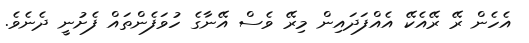
އެހެން ރޭ ރޭއެކޭ އެއްފަދައިން މިރޭ ވެސް އޭނާގެ ހުވަފެންތައް ފެށުނީ ދެނެވެ.